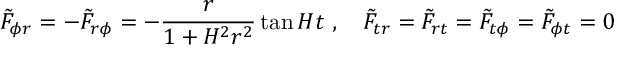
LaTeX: { \tilde { F } } _ { \phi r } = - { \tilde { F } } _ { r \phi } = - \frac { r } { 1 + H ^ { 2 } r ^ { 2 } } \tan H t \ , \quad { \tilde { F } } _ { t r } = { \tilde { F } } _ { r t } = { \tilde { F } } _ { t \phi } = { \tilde { F } } _ { \phi t } = 0